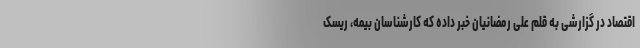
اقتصاد در گزارشی به قلم علی رمضانیان خبر داده که کارشناسان بیمه، ریسک